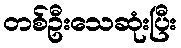
တစ်ဦးသေဆုံးပြီး